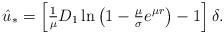
LaTeX: \begin{align*}\hat u_* = \left[ \tfrac{1}{\mu}D_1\ln \left( 1 - \tfrac{\mu}{\sigma}e^{\mu r} \right) - 1 \right]\delta.\end{align*}